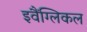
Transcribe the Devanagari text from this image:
इवैंग्लिकल